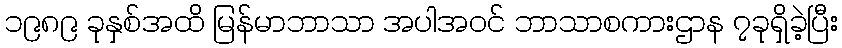
၁၉၈၉ ခုနှစ်အထိ မြန်မာဘာသာ အပါအဝင် ဘာသာစကားဌာန ၇ခုရှိခဲ့ပြီး